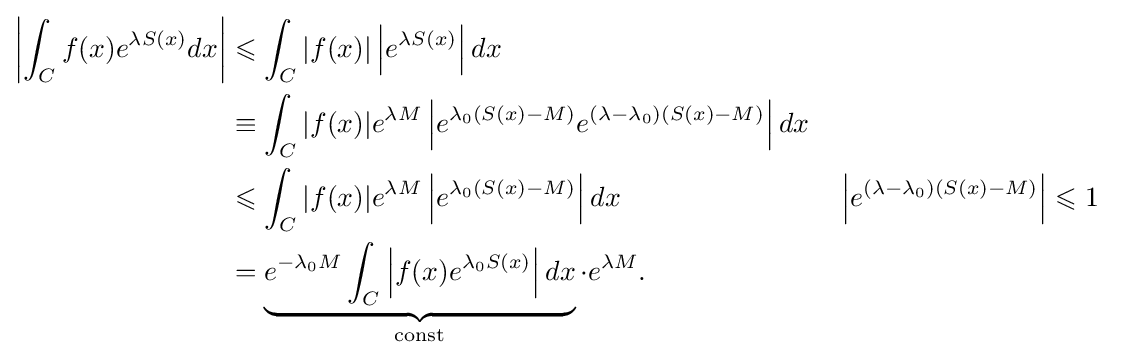
{\begin{aligned}\left|\int _{C}f(x)e^{\lambda S(x)}dx\right|&\leqslant \int _{C}|f(x)|\left|e^{\lambda S(x)}\right|dx\\&\equiv \int _{C}|f(x)|e^{\lambda M}\left|e^{\lambda _{0}(S(x)-M)}e^{(\lambda -\lambda _{0})(S(x)-M)}\right|dx\\&\leqslant \int _{C}|f(x)|e^{\lambda M}\left|e^{\lambda _{0}(S(x)-M)}\right|dx&&\left|e^{(\lambda -\lambda _{0})(S(x)-M)}\right|\leqslant 1\\&=\underbrace {e^{-\lambda _{0}M}\int _{C}\left|f(x)e^{\lambda _{0}S(x)}\right|dx} _{\text{const}}\cdot e^{\lambda M}.\end{aligned}}